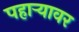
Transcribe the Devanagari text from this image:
पहाऱ्यावर